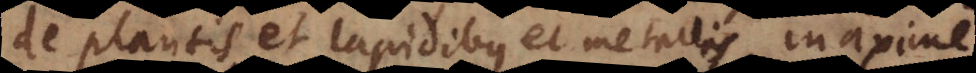
de plantis et lapidibus et metallis, maxime